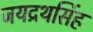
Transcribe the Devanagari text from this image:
जयद्रथसिंह